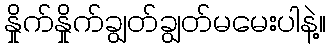
နှိုက်နှိုက်ချွတ်ချွတ်မမေးပါနဲ့။